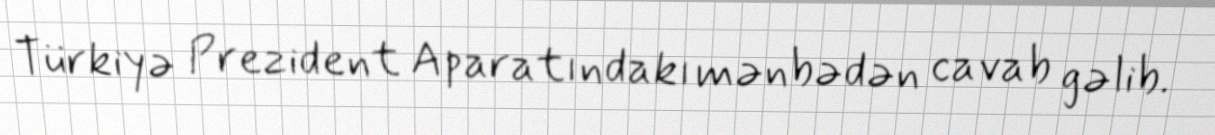
Türkiyə Prezident Aparatındakı mənbədən cavab gəlib.